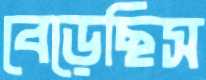
বেড়েছিস